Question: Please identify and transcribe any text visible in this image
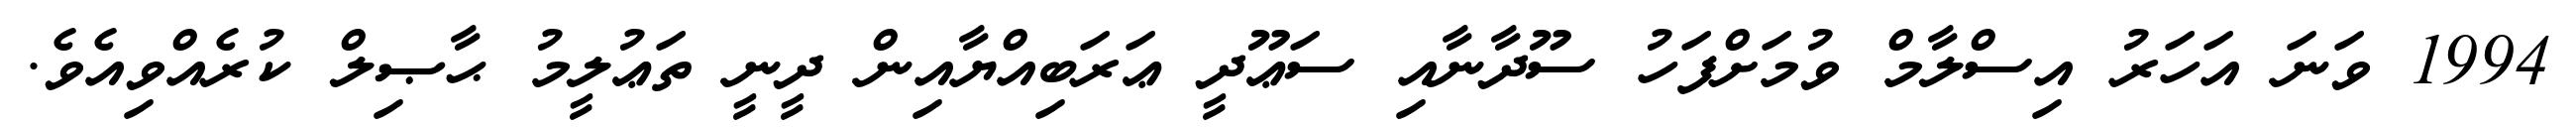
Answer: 1994 ވަނަ އަހަރު އިސްލާމް ވުމަށްފަހު ސޫދާނާއި ސަޢޫދީ ޢަރަބިއްޔާއިން ދީނީ ތަޢުލީމު ޙާޞިލް ކުރެއްވިއެވެ.